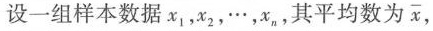
设一组样本数据x_{1}，x_{2]，\cdots，x_{n}，其平均数为 \overline{x},